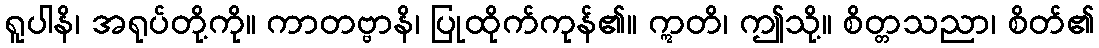
ရူပါနိ၊ အရုပ်တို့ကို။ ကာတဗ္ဗာနိ၊ ပြုထိုက်ကုန်၏။ ဣတိ၊ ဤသို့။ စိတ္တသညာ၊ စိတ်၏